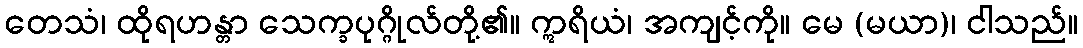
တေသံ၊ ထိုရဟန္တာ သေက္ခပုဂ္ဂိုလ်တို့၏။ ဣရိယံ၊ အကျင့်ကို။ မေ (မယာ)၊ ငါသည်။